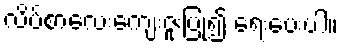
လိပ်စာလေးကျေးဇူးပြု၍ ရေးပေးပါ။